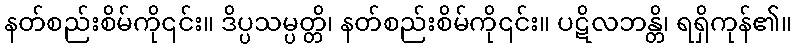
နတ်စည်းစိမ်ကို၎င်း။ ဒိပ္ပသမ္ပတ္တိ၊ နတ်စည်းစိမ်ကို၎င်း။ ပဋိလဘန္တိ၊ ရရှိကုန်၏။